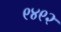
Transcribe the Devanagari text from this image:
९४९२